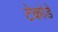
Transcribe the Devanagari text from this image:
टेकोडे